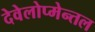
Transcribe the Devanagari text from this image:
देवेलोप्मेन्तल